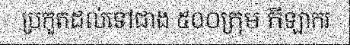
ប្រកួតដល់ទៅជាង ៥០០ក្រុម កីឡាករ